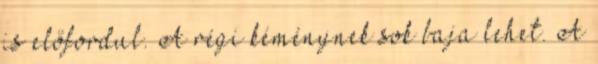
is előfordul. A régi kéménynek sok baja lehet. A